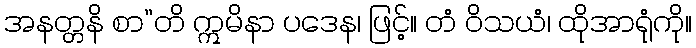
အနတ္တနိ စာ”တိ ဣမိနာ ပဒေန၊ ဖြင့်။ တံ ဝိသယံ၊ ထိုအာရုံကို။